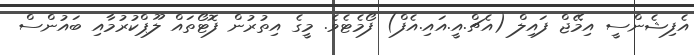
އެފިޝެންސީ އިމޭޖް ފައިލް (އެޗް.އީ.އައި.އެފް) ފޯމެޓެވެ. މީގެ އިތުރުން ފޮޓޯތައް ލޫޕްކުރުމާއި ބައުންސް